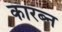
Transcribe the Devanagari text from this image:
कारब्न